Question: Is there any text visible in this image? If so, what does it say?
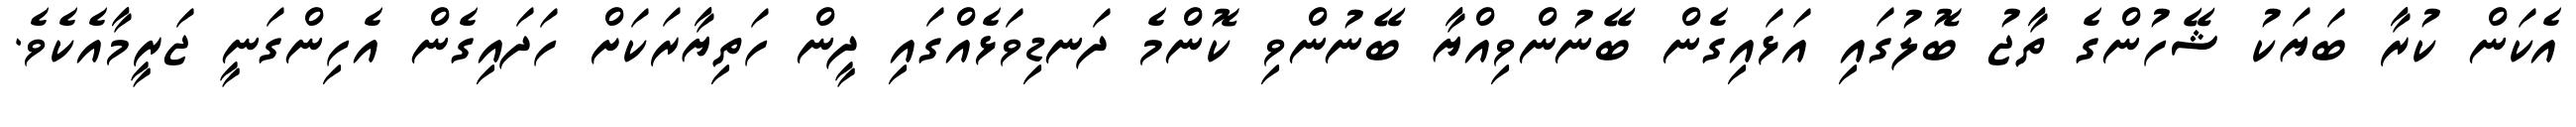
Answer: އެކަން ކުރާ ބަޔަކު ޝޭހުންގެ ތާޖު ބޮލުގައި އަޅައިގެން ބޭނުންވިއްޔާ ބޭނުންވި ކޮންމެ ދަނޑިވަޅެއްގައި ދީން ހަތިޔާރަކަށް ހަދައިގެން އެހިންގަނީ ޖަރީމާއެކެވެ.